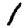
Digit: 1